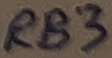
Text: RB3